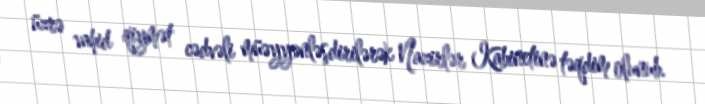
üzrə vahid qiymət cədvəli müəyyənləşdirilərək Nazirlər Kabinetinə təqdim olunub.